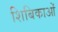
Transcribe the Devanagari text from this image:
शिबिकाओं